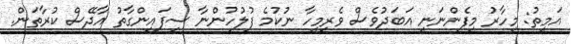
އަމީތު: މިހާރު މިފެންނަނީ އަބަދުވެސް ވެރިމީހާ ނުކުމެ ފުލުހުންނާ ސިފައިންގާތު އާދޭސް ކުރާތަން.